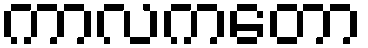
ကာလကတော